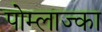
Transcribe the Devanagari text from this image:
पोम्लाज्का